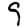
Digit: 9